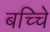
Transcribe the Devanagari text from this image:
बच्चेि